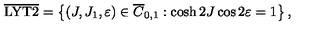
\overline { \mathrm { L Y T 2 } } = \left\{ ( J , J _ { 1 } , \varepsilon ) \in \overline { C } _ { 0 , 1 } : \cosh 2 J \cos 2 \varepsilon = 1 \right\} ,